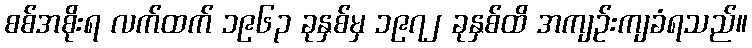
စစ်အစိုးရ လက်ထက် ၁၉၆၃ ခုနှစ်မှ ၁၉၇၂ ခုနှစ်ထိ အကျဉ်းကျခံရသည်။